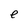
Character: e